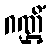
ဂဏ္ဌိံ